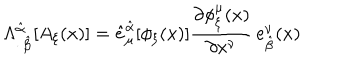
LaTeX: \Lambda _ { \cdot \, \hat { \beta } } ^ { \hat { \alpha } \, \cdot } [ A _ { \xi } ( x ) ] = \hat { e } _ { \mu } ^ { \hat { \alpha } } [ \phi _ { \xi } ( x ) ] \frac { \partial \phi _ { \xi } ^ { \mu } ( x ) } { \partial x ^ { \nu } } \, e _ { \hat { \beta } } ^ { \nu } ( x )